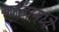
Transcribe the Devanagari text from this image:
बोंडामध्ये